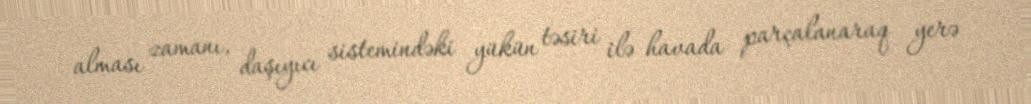
alması zamanı, daşıyıcı sistemindəki yükün təsiri ilə havada parçalanaraq yerə